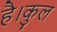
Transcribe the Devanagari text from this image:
है।कुल